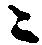
ニ